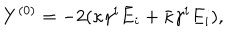
Y ^ { ( 0 ) } = - 2 ( \kappa \gamma ^ { i } \bar { E } _ { i } + \bar { \kappa } \gamma ^ { i } E _ { i } ) ,